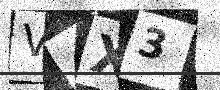
Text: V4X3